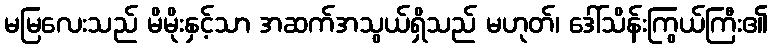
မမြလေးသည် မိမိုးနှင့်သာ အဆက်အသွယ်ရှိသည် မဟုတ်၊ ဒေါ်သိန်းကြွယ်ကြီး၏